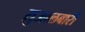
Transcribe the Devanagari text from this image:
सुआलबारी